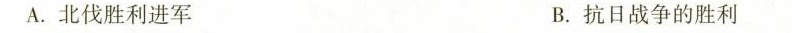
A. 北伐胜利进军 B. 抗日战争的胜利